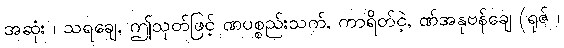
အဆုံး ၊ သရချေ, ဤသုတ်ဖြင့် ဏပစ္စည်းသက်, ကာရိတ်ငဲ့, ဏ်အနုဗန်ချေ (ရုဇ် ၊